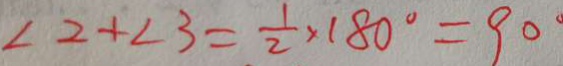
\angle 2 + \angle 3 = \frac { 1 } { 2 } \times 1 8 0 ^ { \circ } = 9 0 ^ { \circ }